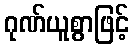
ဂုဏ်ယူစွာဖြင့်